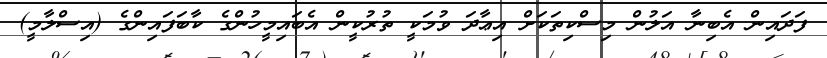
ފަދައިން އެބިނާ އަލުން މިސްކިތަކަށް އިޢާދަ ވުމަކީ ތުރުކީން އެބައިމީހުންގެ ކާބަފައިންގެ (އިސްލާމީ)